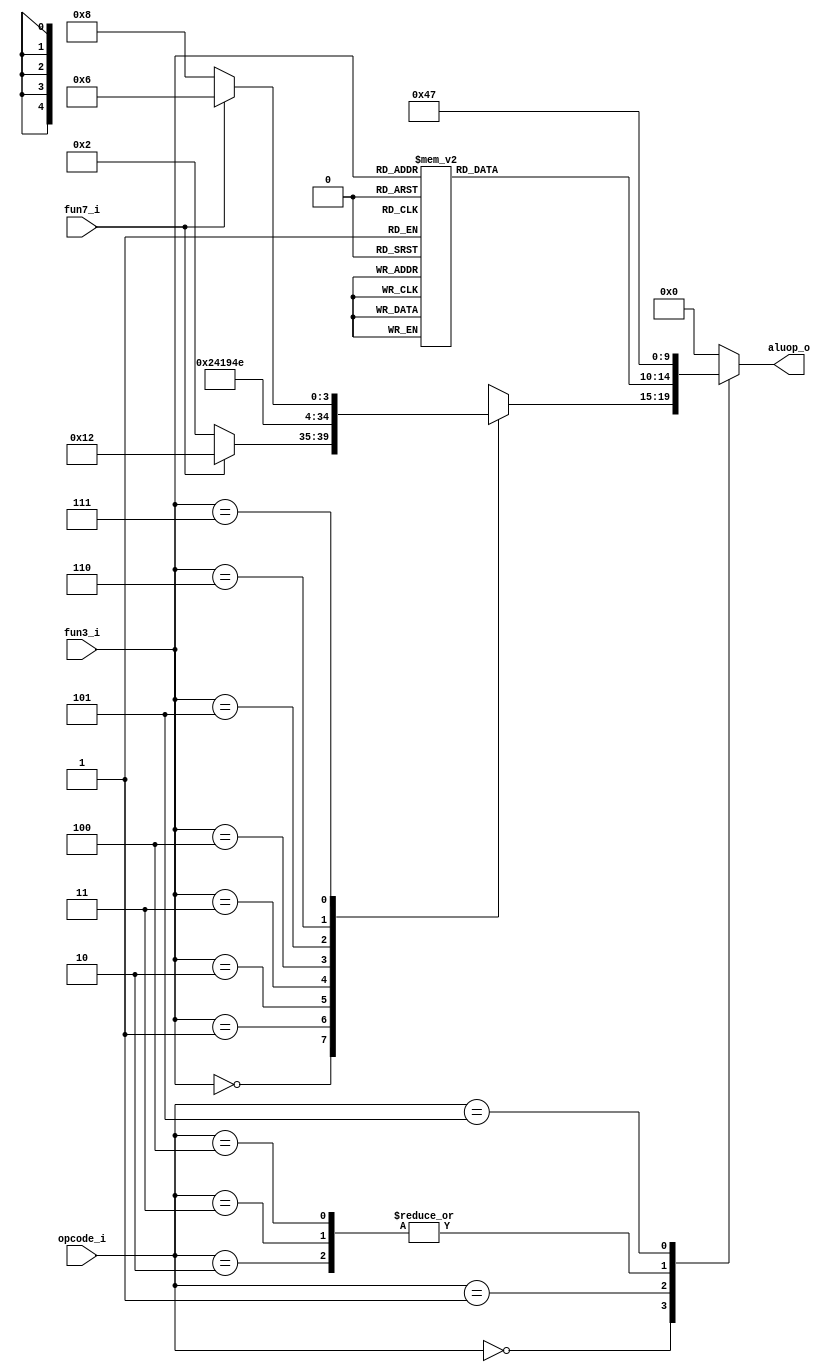
/*
	Grupo:			5CV3
	Proyecto:		Monociclo
	Archivo:		ALUControl.v
	Equipo:			Equipo 2
	Integrantes:	Alcaraz Cuevas Victor Hugo
					Montoya Morales Luis Antonio
					Navarrete Becerril Sharon Anette
					Quintana Romero Roberto
					Urdaneta Villalobos Paul Alejandro

	Descripcion:	Control de las instrucciones de la ALU, traduce operaciones estandar ASM a implementacion de la ALU
*/

module ALUControl (
    input       [2:0]   opcode_i,
    input       [2:0]   fun3_i,
    input               fun7_i,
    output reg  [4:0]   aluop_o
);

    always @(*) begin
        case(opcode_i)
            3'b000:         // Operaciones Tipo R
                case (fun3_i)
                    3'b000:                // Suma - Resta
                        if(fun7_i)
                            aluop_o = 5'b10010; // Resta
                        else
                            aluop_o = 5'b00010; // Suma
                    3'b001:                // AND
                        aluop_o = 5'b00000;
                    3'b010:                // OR
                        aluop_o = 5'b00001;
                    3'b011:                // XOR
                        aluop_o = 5'b00100;
                    3'b100:                // SLT
                        aluop_o = 5'b00011;
                    3'b101:                // SLTU
                        aluop_o = 5'b00101;
                    3'b110:                // SLL
                        aluop_o = 5'b00111;
                    3'b111:
                        if(fun7_i)         // SLR
                            aluop_o = 5'b00110;
                        else               // SRA
                            aluop_o = 5'b01000;
                    default:               // Operacion no soportada
                        aluop_o = 5'b00000;
                endcase
            3'b001:         // Operaciones Tipo I
                case (fun3_i)
                    3'b000:                // ADDI
                        aluop_o = 5'b00010;
                    3'b001:                // ANDI
                        aluop_o = 5'b00000;
                    3'b010:                // ORI
                        aluop_o = 5'b00001;
                    3'b011:                // XORI
                        aluop_o = 5'b00100;
                    3'b100:                // SLTI
                        aluop_o = 5'b00011;
                    3'b101:                // SLTUI
                        aluop_o = 5'b00101;
                    3'b110:                // SLLI
                        aluop_o = 5'b00111;
                    3'b111:
                        aluop_o = 5'b00110; // SRLUI
                    default:               // Operacion no soportada
                        aluop_o = 5'b00000;
                endcase
            3'b010:         // Operaciones Tipo S
                aluop_o = 5'b00010; // ADD
            3'b011:         // Operaciones Tipo L
                aluop_o = 5'b00010; // ADD
            3'b100:         // Operaciones Tipo B
                aluop_o = 5'b00010; // ADD
            3'b101:         // Operaciones Tipo J
                aluop_o = 5'b00111; // OR
            default:            // Instruccion no soportada
                aluop_o = 5'b00000;
        endcase
    end

endmodule